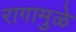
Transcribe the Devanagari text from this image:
रागामुळे